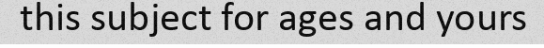
this subject for ages and yours